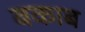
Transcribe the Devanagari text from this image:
बकाब